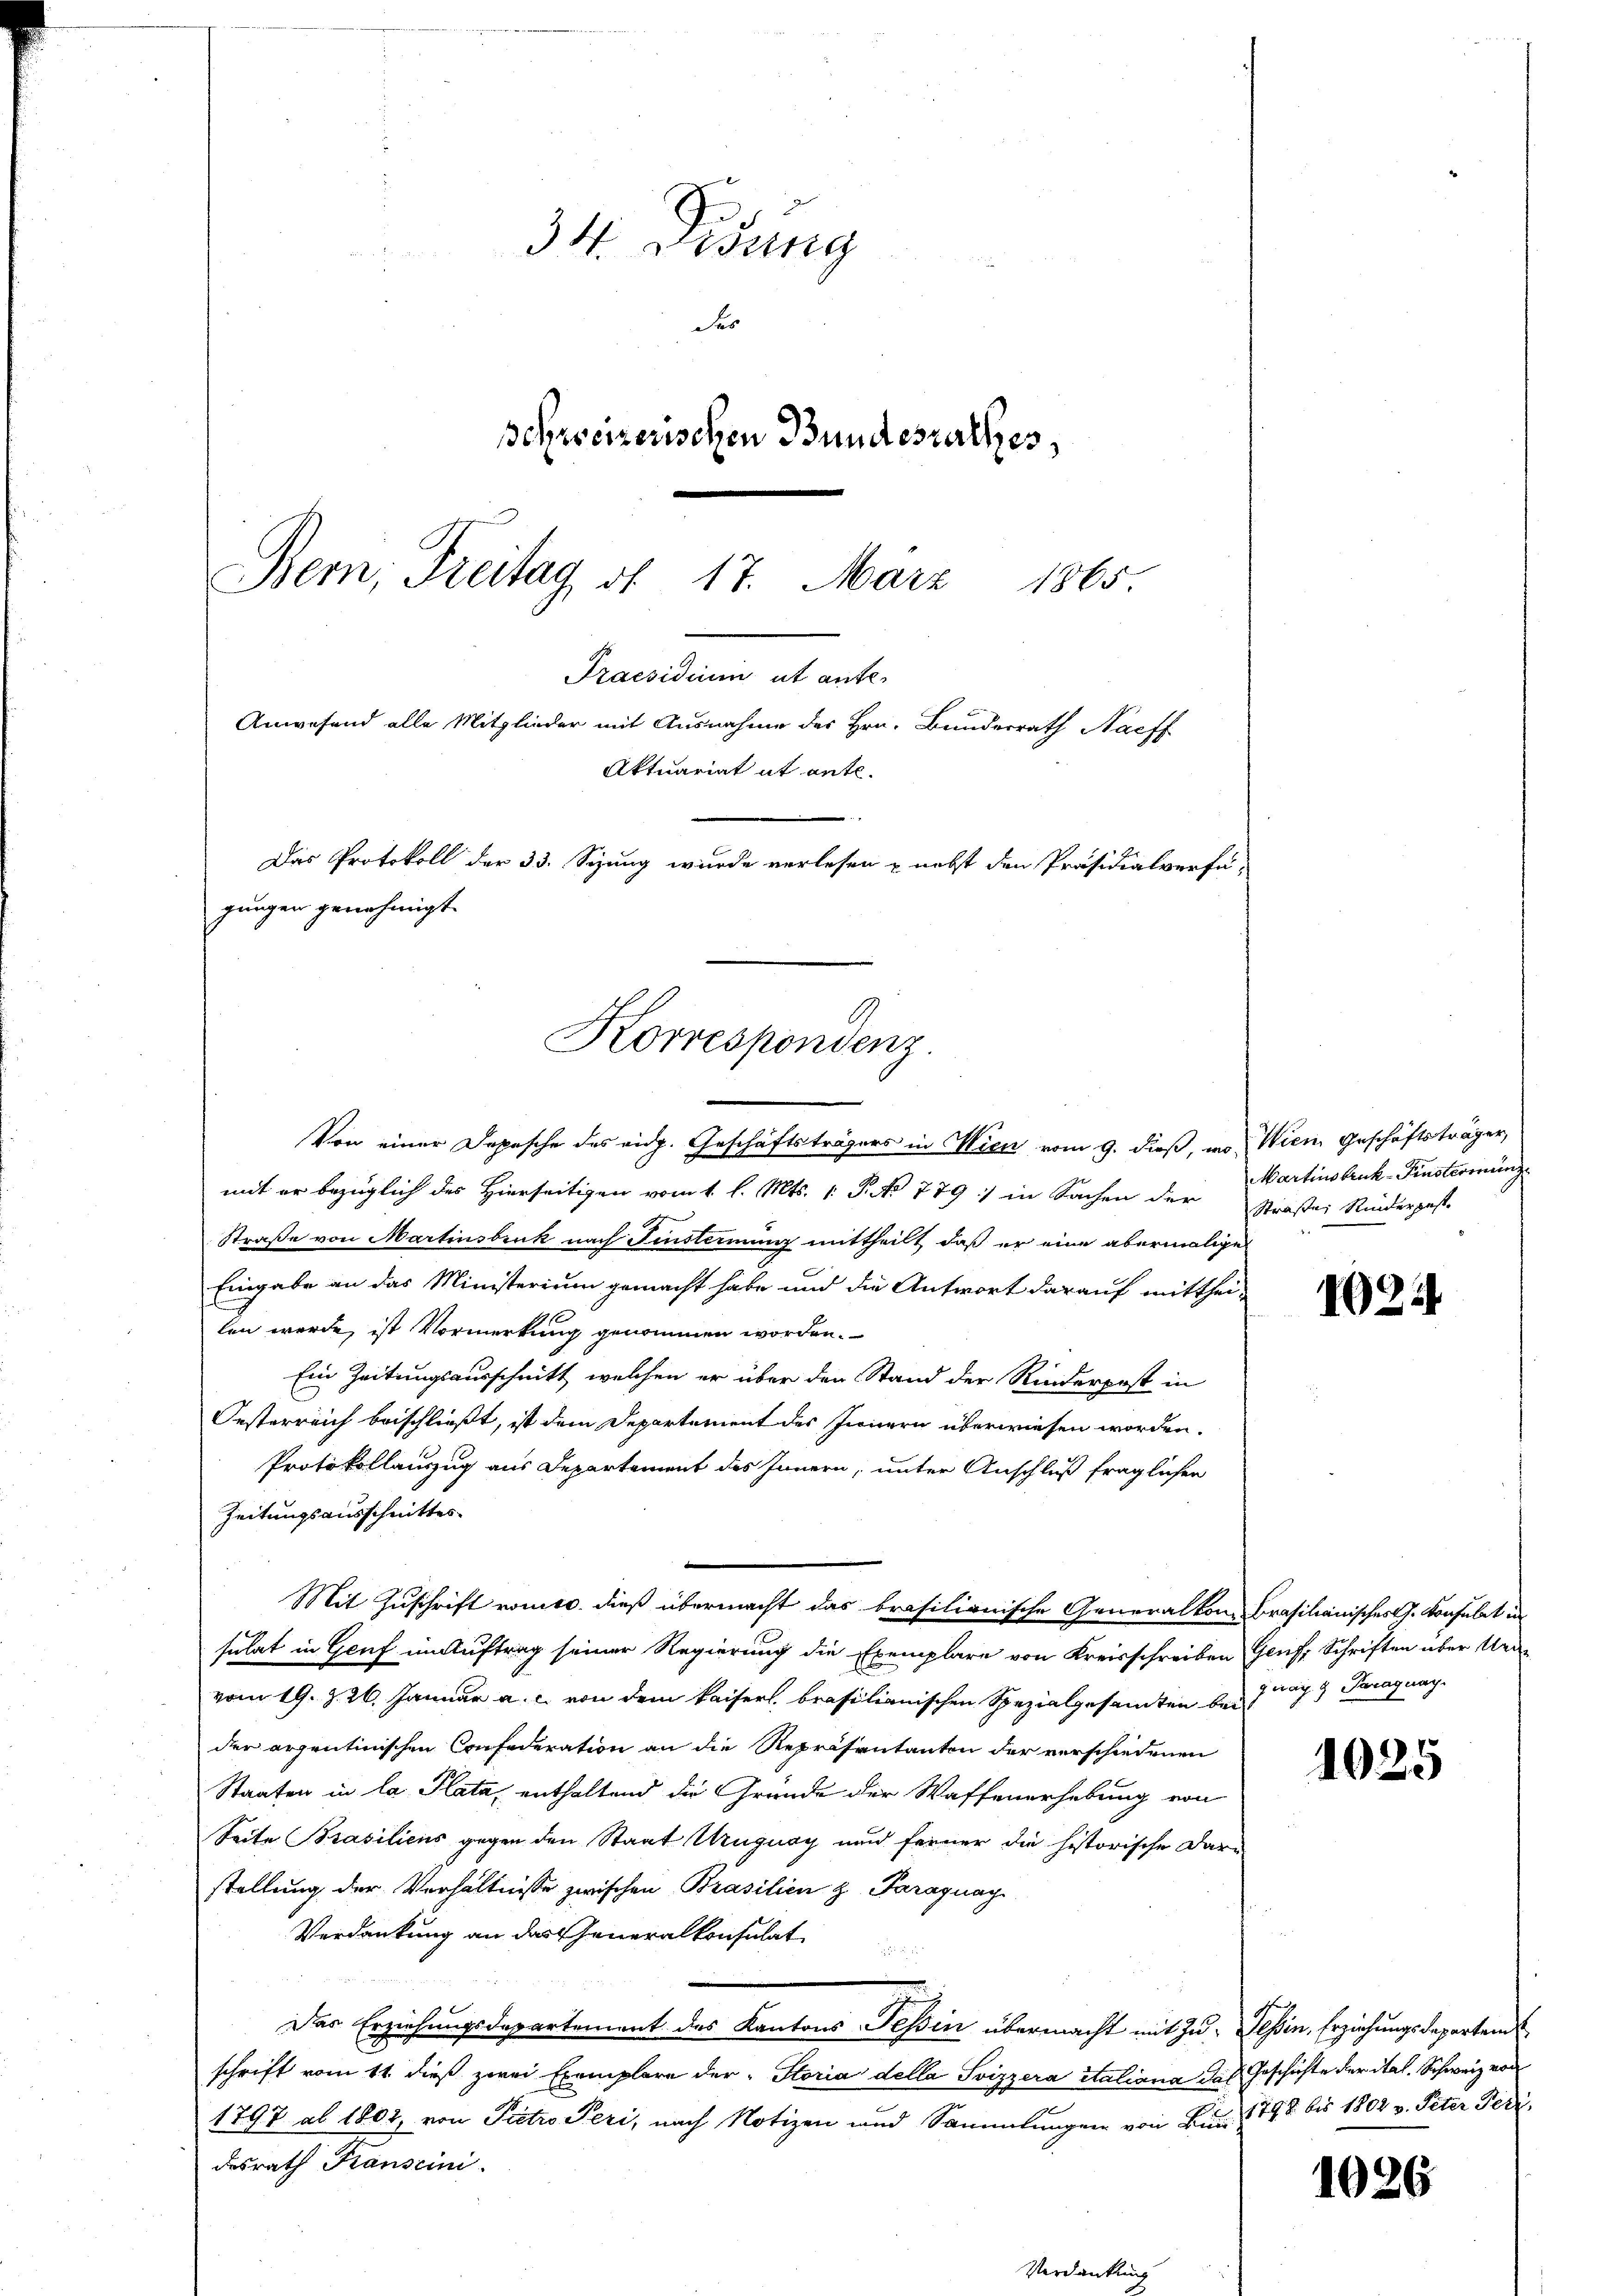
34. Didung
des
Behrreizerischen Bundesrathes,
Bern, Freitag d. 17. März 1865.

Praesidium ut antes
Anwesend alle Mitglieder mit Ausnahme des Hrn. Bunderrath Nachf
Aktuariat it ente.
Das Protokoll der 33. Sizung wurde verlesen nebst den Präsidialverfä
gungen genehmigt.
Korrespondenz.

Von einer Depesche des eidg. Geschäftsträgers in Wien vom 9. dieß, wo Wien Geschäftsträger,
mit er bezüglich des Hierseitigen vom 1. l. Mts. 1. P. No 779 : in Sachen der Präses Rinderpest.
Straße von Martinsbruk nach Finstimmung mittheilt, daß er eine abermaliges
Eingabe an das Ministerium gemacht habe und die Antwort darauf mitthei-
len werde, ist Vormerkung genommen worden.
Ein Zeitungsausschnitt welchen er über den Stand der Rinderpost in
Oesterreich beischließt, ist dem Departement des Innern überwiesen worden.
Protokollauszug aus Departement des Innern, unter Anschluß fraglichen
Zeitungsausschnittes
Mit Zuschrift vomts. dieß übermacht das brasilionische Generalkon Brasilianisches J. Konsulat in
sulat in Genf in Auftrag seiner Regierung die Exemplare von Kreisschreiben Genf, Schriften über Uravom 19. Z. 26. Januar a. c. von dem Kaiser, brasilianischen Spezialgesamten bei
der arzentinischen Confederation an die Repräsentanten der verschiedenen
Staaten in la Plata, enthaltend die Gründe der Waffenerhebung von
Seite Prasiliens gegen den Staat Ungnay und ferner die historische Darstellung der Verhältnisse zwischen Prasilien z. Paraguay
Verdankung an das Generalkonsulat

Das Erziehungsdepartement des Kantons Tessin übermacht mit zu Tessin, Erziehungsdeparten
schrift vom 11. dieß zwei Exemplare der Storia della Svizzera italiana das Geschichte der ital. Schweiz von
1797 ab 1802, von Pietro Peri, nach Notizen und Sammlungen von Bur 1798 bis 1802 v. Peter Peridesrath Kanscini

Martinsbruk-Finströmung

1035

guay 9 Paragung.

1025

1026